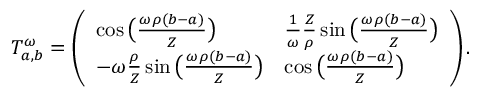
T _ { a , b } ^ { \omega } = \left( \begin{array} { l l } { \cos \big ( \frac { \omega \rho ( b - a ) } { Z } \big ) } & { \frac { 1 } { \omega } \frac { Z } { \rho } \sin \big ( \frac { \omega \rho ( b - a ) } { Z } \big ) } \\ { - \omega \frac { \rho } { Z } \sin \big ( \frac { \omega \rho ( b - a ) } { Z } \big ) } & { \cos \big ( \frac { \omega \rho ( b - a ) } { Z } \big ) } \end{array} \right) .